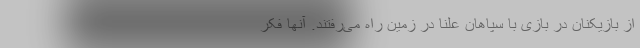
از بازیکنان در بازی با سپاهان علنا در زمین راه می‌رفتند. آنها فکر